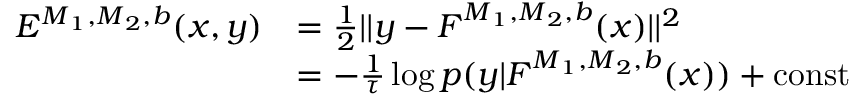
\begin{array} { r l } { E ^ { \boldsymbol { M } _ { 1 } , \boldsymbol { M } _ { 2 } , \boldsymbol { b } } ( \boldsymbol { x } , \boldsymbol { y } ) } & { = \frac { 1 } { 2 } | | \boldsymbol { y } - \boldsymbol { F } ^ { \boldsymbol { M } _ { 1 } , \boldsymbol { M } _ { 2 } , \boldsymbol { b } } ( \boldsymbol { x } ) | | ^ { 2 } } \\ & { = - \frac { 1 } { \tau } \log p ( \boldsymbol { y } | \boldsymbol { F } ^ { \boldsymbol { M } _ { 1 } , \boldsymbol { M } _ { 2 } , \boldsymbol { b } } ( \boldsymbol { x } ) ) + \mathrm { c o n s t } } \end{array}